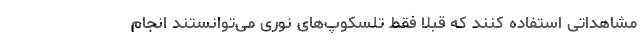
مشاهداتی استفاده کنند که قبلاً فقط تلسکوپ‌های نوری می‌توانستند انجام